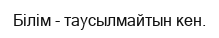
Білім - таусылмайтын кен.